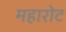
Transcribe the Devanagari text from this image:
महारोट